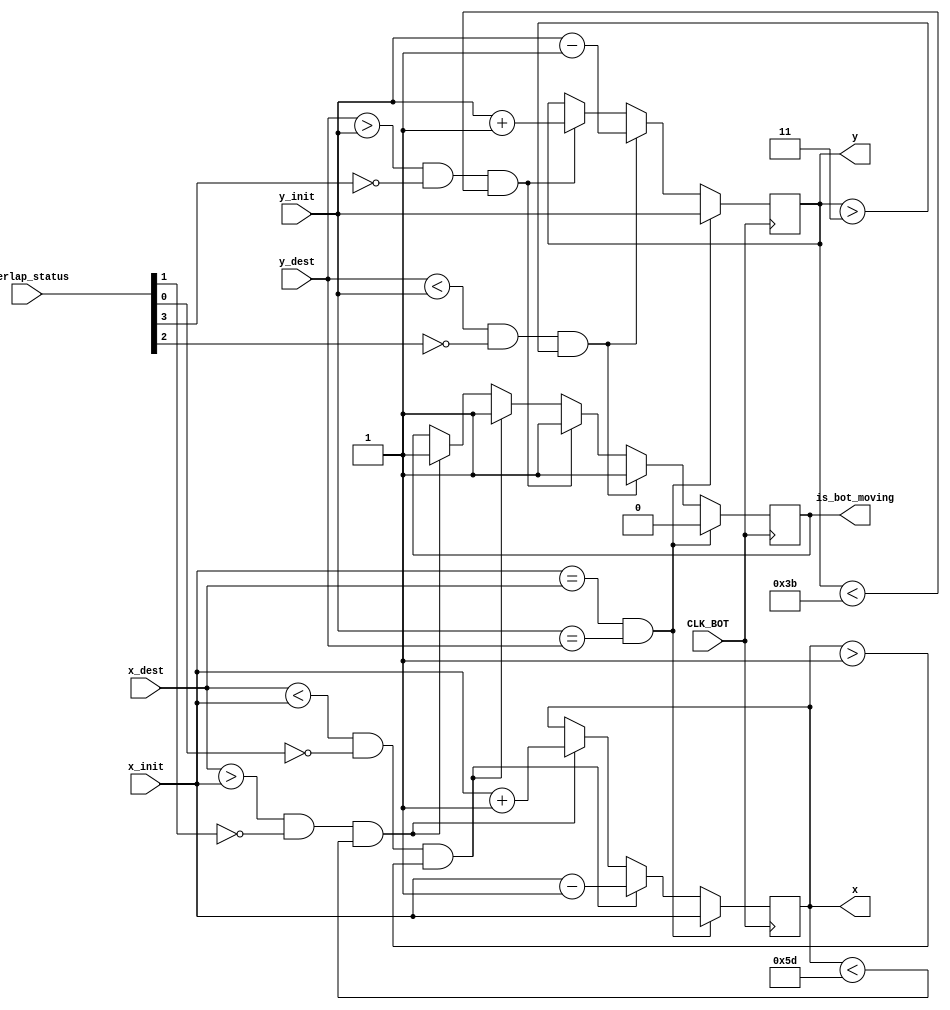
`timescale 1ns / 1ps
//////////////////////////////////////////////////////////////////////////////////
// Company: 
// 
// Design Name: 
// Module Name: move_diagonal
// Project Name: 
// Description: 
// Given inital and destination coordinates, deduce how the current coordinate should
// be updated in each clock cycle.
//////////////////////////////////////////////////////////////////////////////////


module move_diagonal(input CLK_BOT, input [6:0] x_init, y_init, x_dest, y_dest, input [3:0] overlap_status, output reg [6:0] x, y, output reg is_bot_moving);    
    always @ (posedge CLK_BOT) begin
        if (x_init == x_dest && y_init == y_dest) begin
            x <= x_init;
            y <= y_init;
            is_bot_moving = 0;
        end
        else begin
            if (x_dest > x_init && ~overlap_status[1] && x < 93) begin
                x <= x_init + 1;
                is_bot_moving = 1;
            end
            if (x_dest < x_init && ~overlap_status[0] && x > 1) begin
                x <= x_init - 1;
                is_bot_moving = 1;
            end
            if (y_dest > y_init && ~overlap_status[3] && y < 59) begin
                y <= y_init + 1;
                is_bot_moving = 1;
            end
            if (y_dest < y_init && ~overlap_status[2] && y > 3) begin
                y <= y_init - 1;
                is_bot_moving = 1;
            end
        end
    end
endmodule